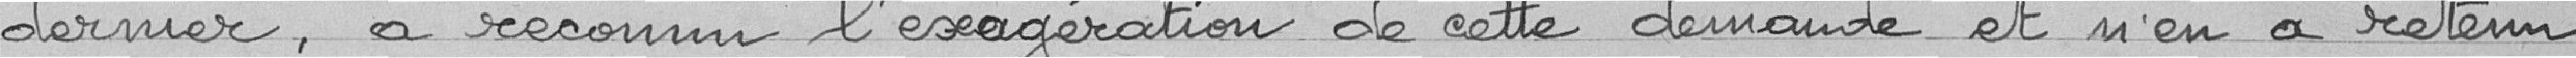
dernier, a reconnu l'exagération de cette demande et n'en a retenu